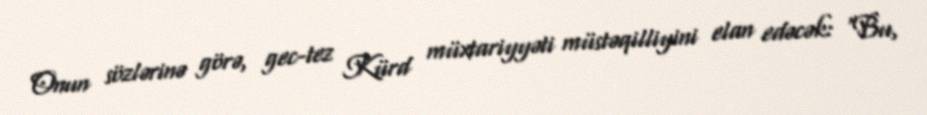
Onun sözlərinə görə, gec-tez Kürd müxtariyyəti müstəqilliyini elan edəcək: "Bu,